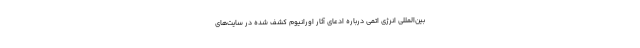
بین‌المللی انرژی اتمی درباره ادعای آثار اورانیوم کشف شده در سایت‌های